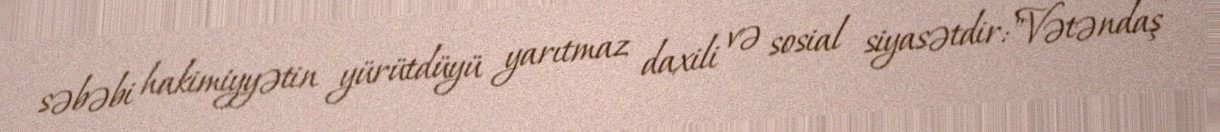
səbəbi hakimiyyətin yürütdüyü yarıtmaz daxili və sosial siyasətdir:"Vətəndaş